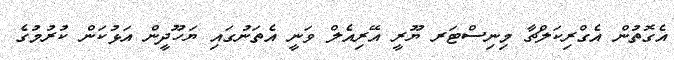
އެގޮތުން އެގްރިކަލްޗާ މިނިސްޓަރ ޔޫރީ އޭރިއެލް ވަނީ އެތަނުގައި ޔަހޫދީން އަޅުކަން ކުރުމުގެ